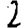
Digit: 2